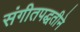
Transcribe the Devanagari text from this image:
संगीतपद्धतीने